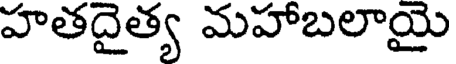
హతదైత్య మహాబలాయై